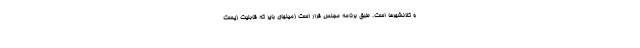
و کلانشهرها است. طبق برنامه مجلس قرار است زمینهای بایر که قابلیت زیست